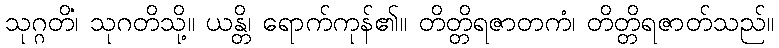
သုဂ္ဂတိံ၊ သုဂတိသို့။ ယန္တိ၊ ရောက်ကုန်၏။ တိတ္တိရဇာတကံ၊ တိတ္တိရဇာတ်သည်။